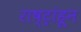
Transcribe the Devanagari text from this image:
राष्ट्रांहून